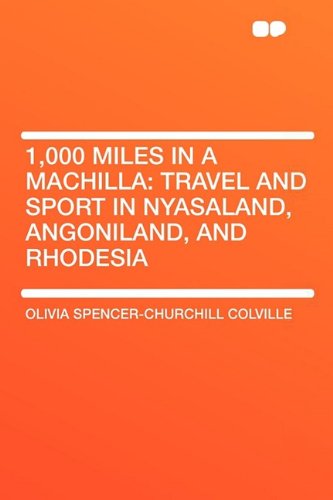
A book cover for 1,000 Miles in a Machilla: Travel and Sport in Nyasaland, Angoniland, and Rhodesia; Olivia Colv Spencer-Churchill Colville; Travel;